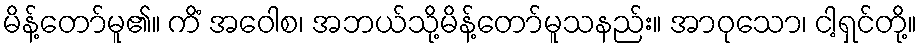
မိန့်တော်မူ၏။ ကိံ အဝေါစ၊ အဘယ်သို့မိန့်တော်မူသနည်း။ အာဝုသော၊ ငါ့ရှင်တို့။